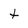
Character: t